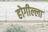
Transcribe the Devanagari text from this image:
होगील्ला